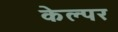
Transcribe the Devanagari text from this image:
केल्पर